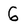
Character: 6